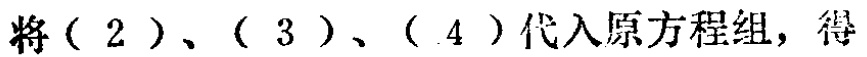
将\((2)\)、\((3)\)、\((4)\)代入原方程组，得